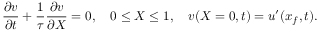
\frac { \partial v } { \partial t } + \frac { 1 } { \tau } \frac { \partial v } { \partial X } = 0 , \quad 0 \leq X \leq 1 , \quad v ( X = 0 , t ) = u ^ { \prime } ( x _ { f } , t ) .